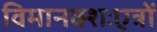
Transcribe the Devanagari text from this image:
विमानक्शःएत्रों